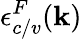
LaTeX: \epsilon_{c/v}^{F}(\textbf{k})